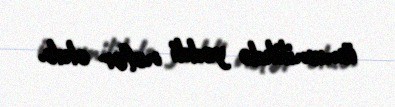
ümumilikdə yeddi nəfər olub.